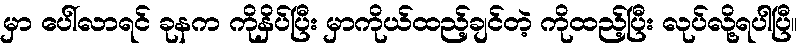
မှာ ပေါ်လာရင် ခုနက ကိုနှိပ်ပြီး မှာကိုယ်ထည့်ချင်တဲ့ ကိုထည့်ပြီး လုပ်လို့ရပါပြီ။